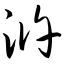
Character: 浒